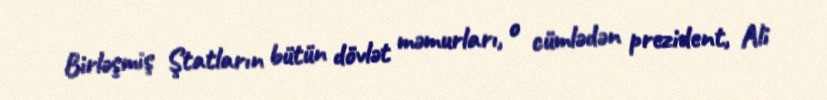
Birləşmiş Ştatların bütün dövlət məmurları, o cümlədən prezident, Ali